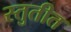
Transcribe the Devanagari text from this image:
स्तुतीत